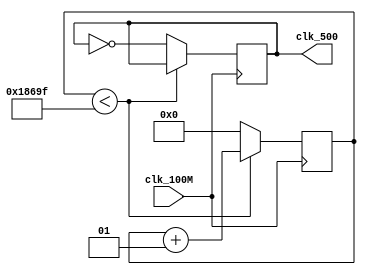
`timescale 1ns / 1ps
//////////////////////////////////////////////////////////////////////////////////
// Company: 
// Engineer: 
// 
// Design Name: 
// Module Name: clk_500Hz
// Project Name: 
// Target Devices: 
// Tool Versions: 
// Description: 
// 
// Dependencies: 
// 
// Revision:
// Revision 0.01 - File Created
// Additional Comments:
// 
//////////////////////////////////////////////////////////////////////////////////


module clk_500Hz(
    input clk_100M,
    output reg clk_500
    );
    integer k;
    always @ (posedge clk_100M)
    begin
        if (k < 99999)
            k <= k+1;
        else
        begin
            k <= 0;
            clk_500 <= ~clk_500;
        end
    end
endmodule